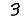
Digit: 3